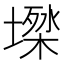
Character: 𡑙